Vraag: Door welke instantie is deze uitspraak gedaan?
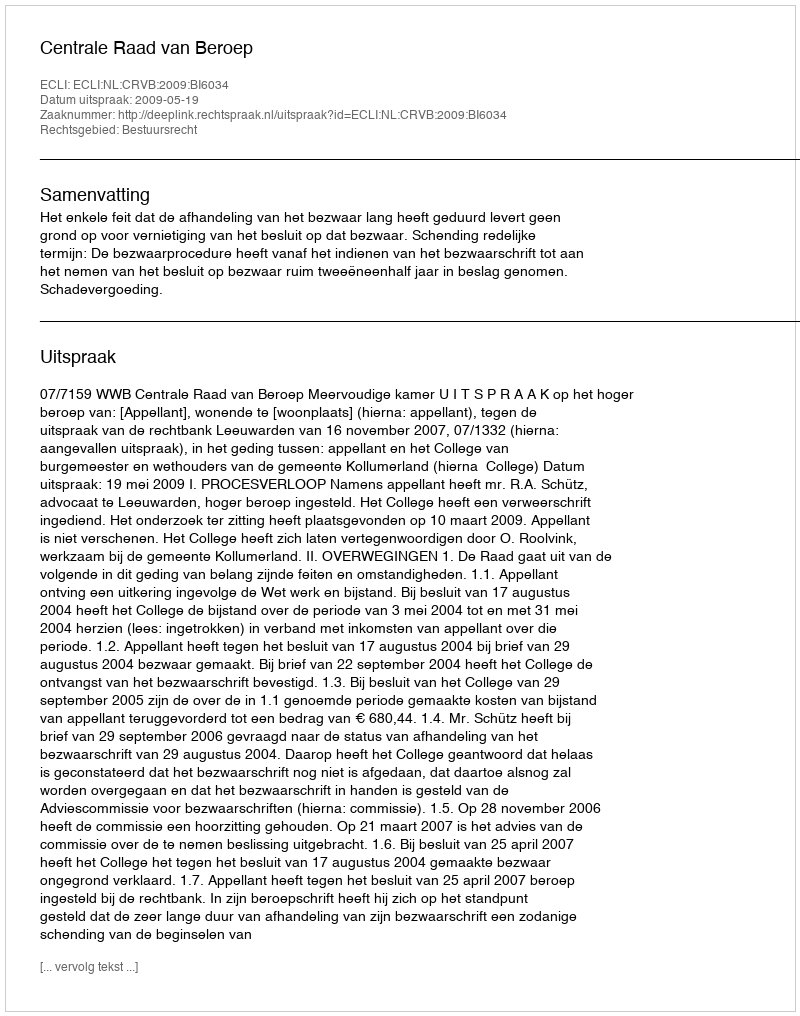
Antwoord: Centrale Raad van Beroep